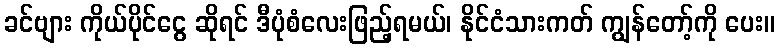
ခင်ဗျား ကိုယ်ပိုင်ငွေ ဆိုရင် ဒီပုံစံလေးဖြည့်ရမယ်၊ နိုင်ငံသားကတ် ကျွန်တော့်ကို ပေး။